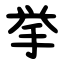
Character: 挙